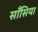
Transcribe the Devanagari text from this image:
साँसिया